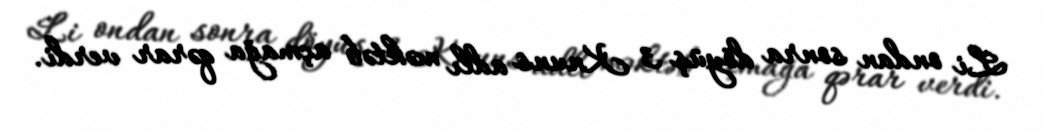
Li ondan sonra döyüş 3 Knuns adlı məktəb açmağa qərar verdi.